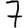
Digit: 7